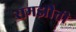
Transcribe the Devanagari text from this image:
समझौती